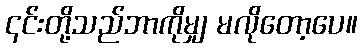
၎င်းတို့သည်ဘာကိုမျှ မလိုတော့ပေ။